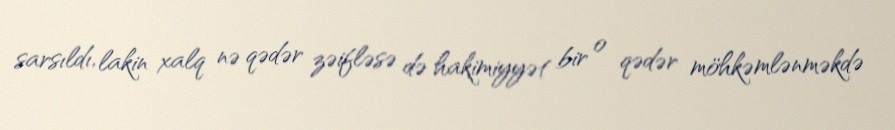
sarsıldı, lakin xalq nə qədər zəifləsə də hakimiyyət bir o qədər möhkəmlənməkdə